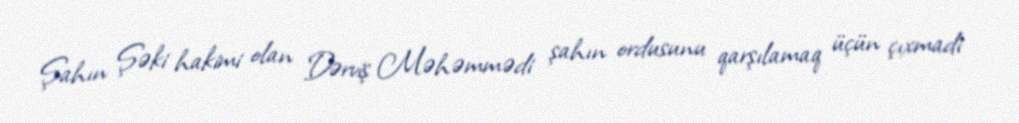
Şahın Şəki hakimi olan Dərviş Məhəmmədi şahın ordusunu qarşılamaq üçün çıxmadi